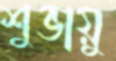
শুভায়ু